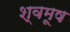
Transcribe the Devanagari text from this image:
श्वमूष